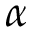
\alpha